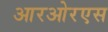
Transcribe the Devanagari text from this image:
आरओरएस